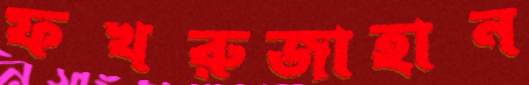
ফখরুজাহান